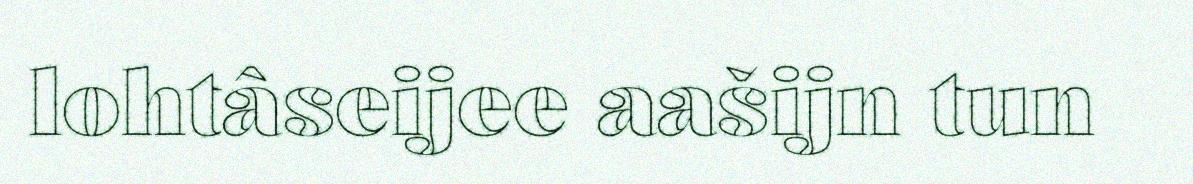
lohtâseijee aašijn tun